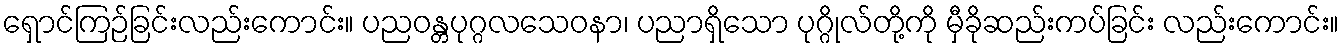
ရှောင်ကြဉ်ခြင်းလည်းကောင်း။ ပညဝန္တပုဂ္ဂလသေဝနာ၊ ပညာရှိသော ပုဂ္ဂိုလ်တို့ကို မှီခိုဆည်းကပ်ခြင်း လည်းကောင်း။